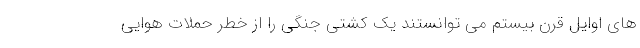
های اوایل قرن بیستم می توانستند یک کشتی جنگی را از خطر حملات هوایی